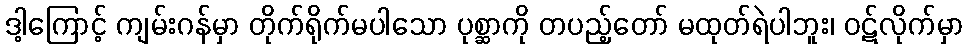
ဒါ့ကြောင့် ကျမ်းဂန်မှာ တိုက်ရိုက်မပါသော ပုစ္ဆာကို တပည့်တော် မထုတ်ရဲပါဘူး၊ ဝဋ်လိုက်မှာ